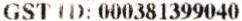
GST ID: 000381399040